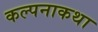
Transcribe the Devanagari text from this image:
कल्पनाकथा